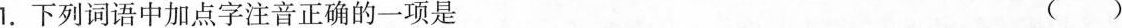
1.下列词语中加点字注音正确的一项是 ()A.占卜( bù ) B.重荷( hè )C.厌恶(è) D.应和( hé )